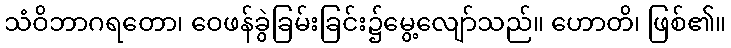
သံဝိဘာဂရတော၊ ဝေဖန်ခွဲခြမ်းခြင်း၌မွေ့လျော်သည်။ ဟောတိ၊ ဖြစ်၏။